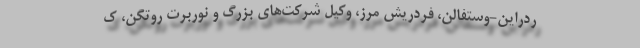
ردراین-وستفالن، فردریش مِرز، وکیل شرکت‌های بزرگ و نوربرت روتگن، ک